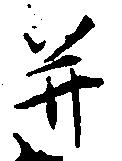
并